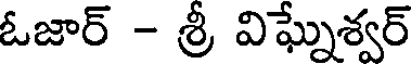
ఓజార్ - శ్రీ విఘ్నేశ్వర్